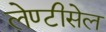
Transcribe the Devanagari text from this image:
लेण्टीसेल